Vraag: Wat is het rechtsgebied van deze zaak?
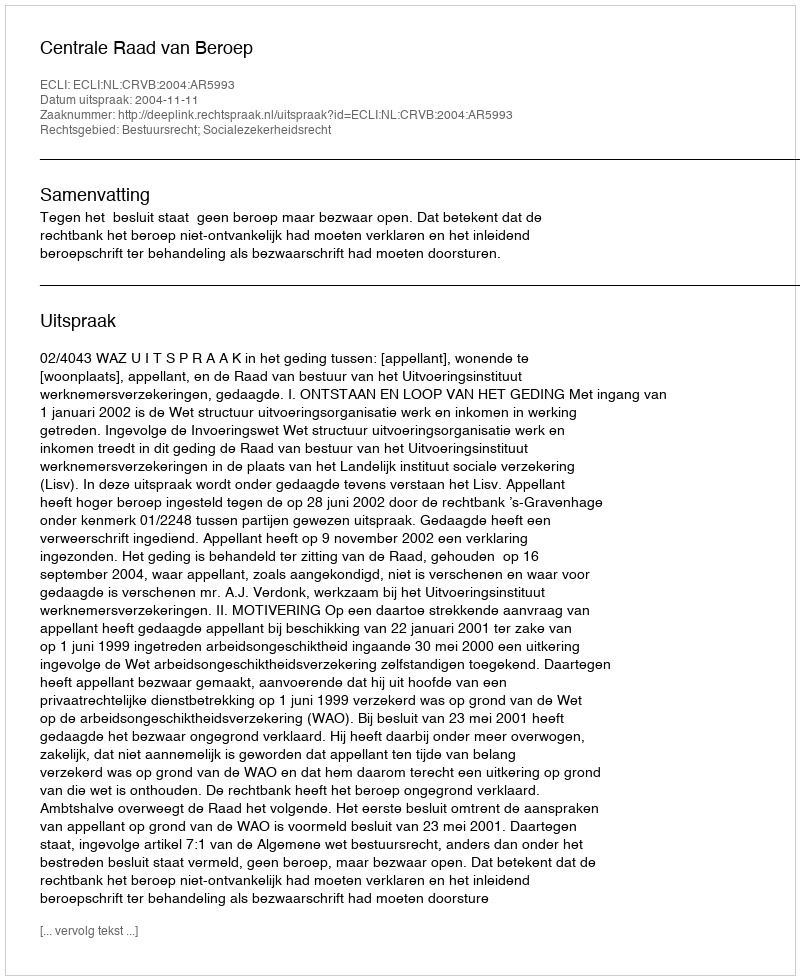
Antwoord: Bestuursrecht; Socialezekerheidsrecht